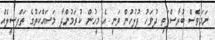
ނަމަވެސް ބުރާސްފަތި ދުވަހު ފުލުހުން ވަނީ އެ މީހުން ކުރަމުންދާ މަސައްކަތުގެ ތަފްސީލެއް